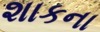
શાકના